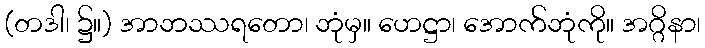
(တဒါ၊ ၌။) အာဘဿရတော၊ ဘုံမှ။ ဟေဋ္ဌာ၊ အောက်ဘုံကို။ အဂ္ဂိနာ၊